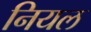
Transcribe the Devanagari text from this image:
नियल